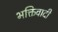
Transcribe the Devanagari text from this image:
भक्तिवादी